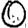
Digit: 0